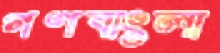
গণবাংলা